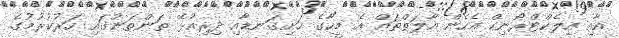
އާއި އިލެކްޓްރޯނިކް އެހެން އާލަތްތައް އެ މީހާގެ ހަށިގަނޑާއި ދިރިއުޅޭ ތަންތަނުގައި ހަރުކުރުމުގެ